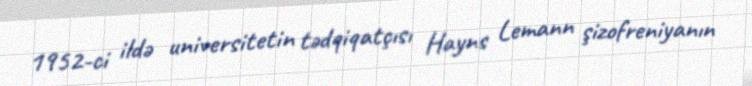
1952-ci ildə universitetin tədqiqatçısı Hayns Lemann şizofreniyanın